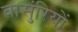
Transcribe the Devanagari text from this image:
बासुंरियों